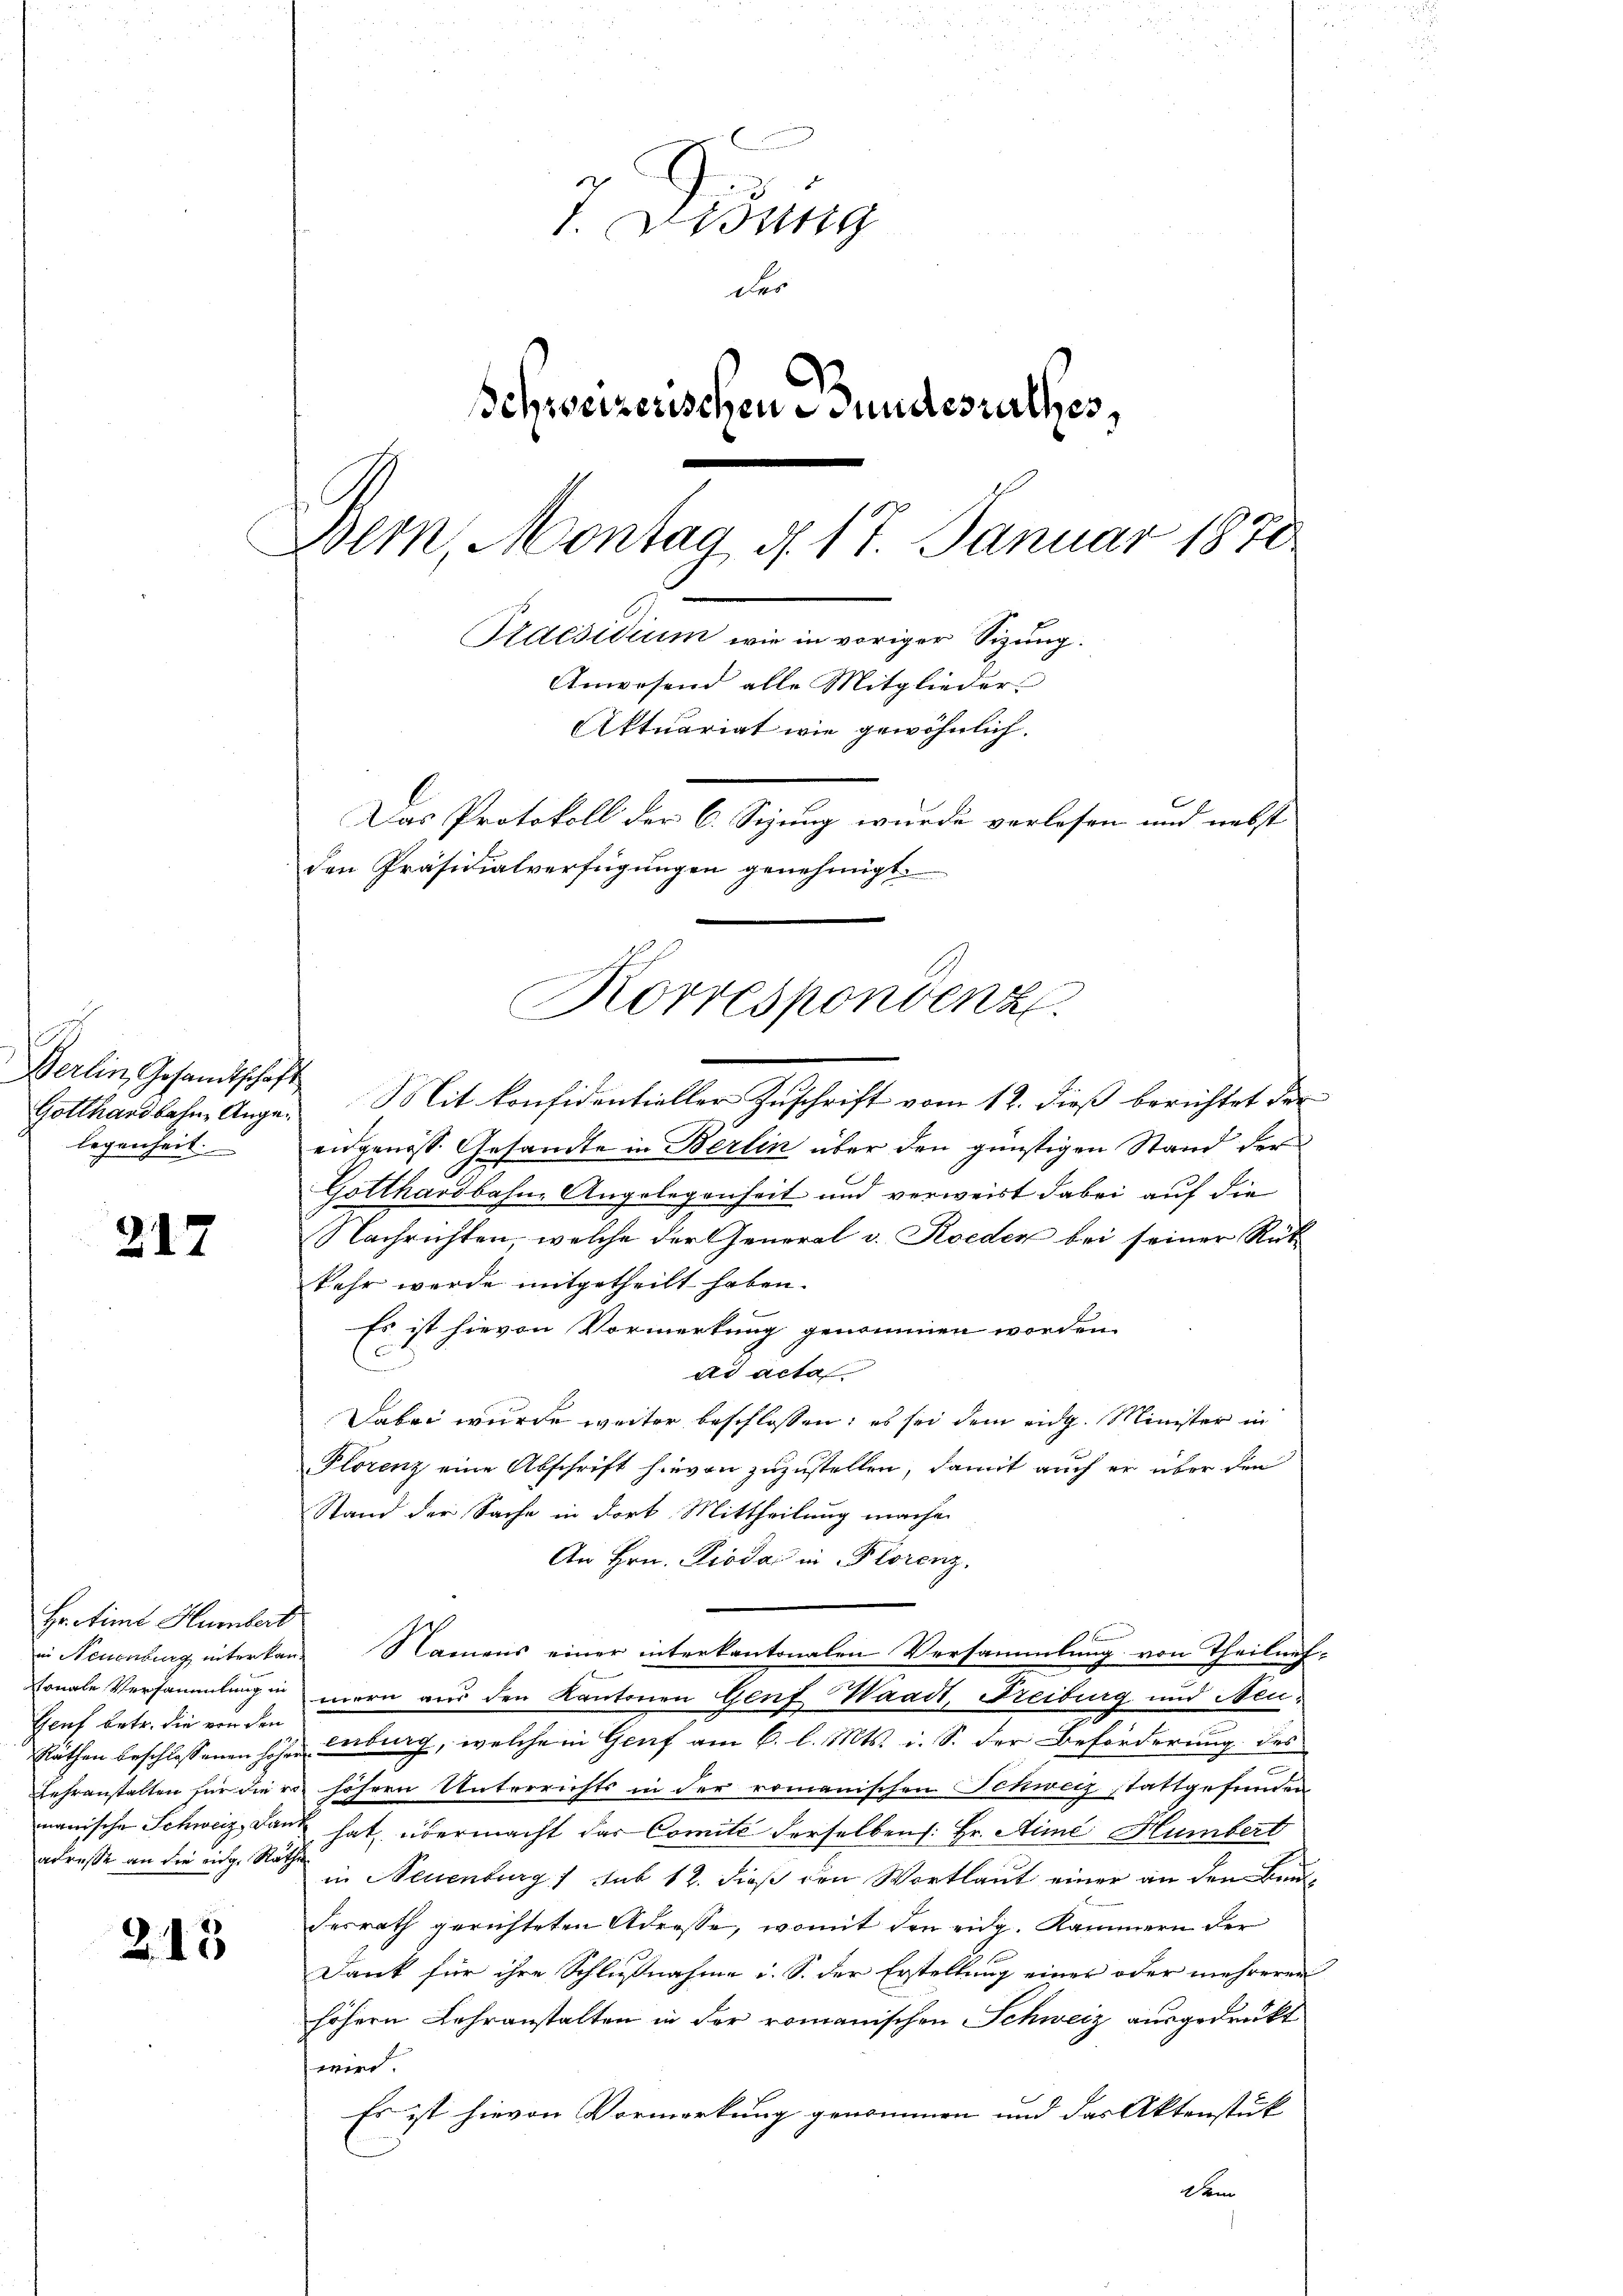
Berlin, Gesandtschaft
legenheit.

217

Hr. Fiml Humbert
in Neuenburg inter kan
Genf betr. die von den

213

7 Didung
der
schweizerischen Bundesrathes,
Bern, Montag d. 17. Januar 1870
Praesidium wie in voriger Sizung.
Anwesend alle Mitglieder
Aktuariat wie gewöhnlich.
Das Protokoll der C. Sizung wurde verlosen und nebst
den Präsidialverfügungen genehmigt.

Gotthardbahn-Ange. Mit konfidentieller Zuschrift vom 12. dieß berichtet der
eidgenoss. Gesandte in Berlin über den günstigen Stand der
Gotthardbahn-Angelegenheit und verweist dabei auf die
Nachrichten, welche der General v. Roeden bei seiner Rük
kehr werde mitgetheilt haben.
Es ist hievon Vormerkung genommen worden.
ad acta
Dabei wurde weiter beschlossen: es sei dem eidg. Minister in
Florenz eine Abschrift hievon zuzustellen, damit auch er über den
Stand der Sache in dort Mittheilung mache
An Hrn. Pioda in Florenz.
Namens einer interkantonalen Versammlung von Theilunf-
vonale Versammlungen mern aus den Kantonen Genf Waadt, Freiburg und Neu¬
Räthen beschlossenen höher enburg, welche in Genf am 6. l. Mts. i. S. der Beförderung des
Lehranstalten für die von höhern Unterrichts in der romanischen Schweiz, stattgefunden
manische Schweiz, Band hat, übermacht das Comite derselben s. Hr. Aime Humbert
adreße an die eige Sache in Neuenburg 1 sub 12. dieß den Wortlaut einer an den Baudesrath gerichteten Adresse, womit den eidg. Kammern der
Dank für ihre Schlußnahme u. S. der Erstellung einer oder mehreren
höhern Lehranstalten in der romanischen Schweiz ausgedruckt
wird.
Es ist hievon Vormerkung genommen und das Aktenstük
Dem

Korrespondenz